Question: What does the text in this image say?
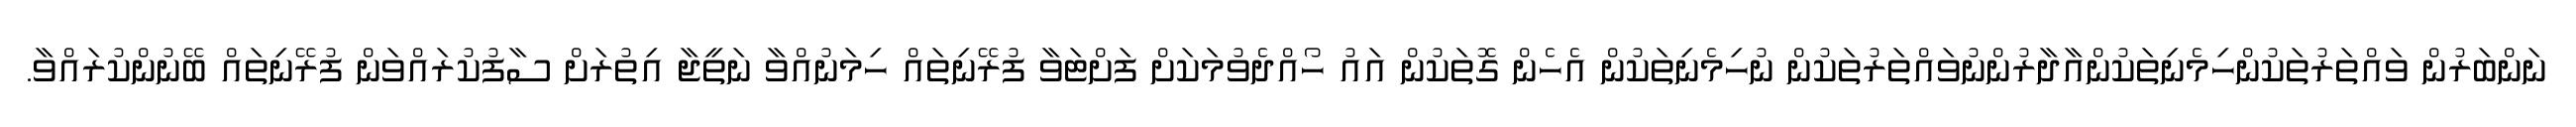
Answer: ނަންބަރުން ވައްތަރުތަކުންހިމެނިތަކުންއާދާރުންނުވައްތަރުތަކުން ނުހިމެނިތަކުން އެހެން ގޮތަކުން އައު ހޯއްދެވުމަކަށް ފަށްޓަވާ ފުރޭނިތައް ހިމަނުއްވާ ނަތީޖާ އިތުރަށް ސާފުކުރައްވަން ފުރޭނިތައް ބޭނުންކުރައްވާ.